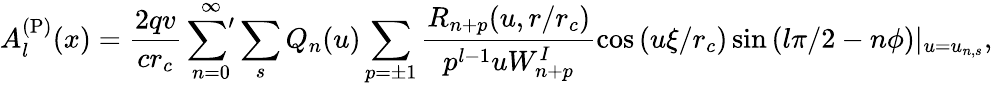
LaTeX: A_{l}^{\mathrm{(P)}}(x)=\frac{2qv}{cr_{c}}\sideset{}{'}{\sum}_{n=0}^{\infty}\sum_{s}Q_{n}(u)\sum_{p=\pm 1}\frac{R_{n+p}(u,r/r_{c})}{p^{l-1}uW_{n+p}^{I}}\cos\left(u\xi/r_{c}\right)\sin\left(l\pi/2-n\phi\right)|_{u=u_{n,s}},